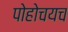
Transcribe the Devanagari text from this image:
पोहोचयच